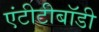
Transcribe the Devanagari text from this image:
एंटीटीबॉडी